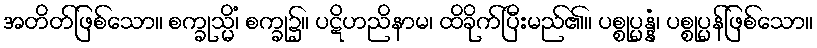
အတိတ်ဖြစ်သော။ စက္ခုသ္မိံ၊ စက္ခု၌။ ပဋိဟညိနာမ၊ ထိခိုက်ပြီးမည်၏။ ပစ္စုပ္ပန္နံ၊ ပစ္စုပ္ပန်ဖြစ်သော။